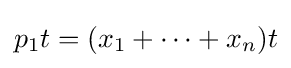
p_{1}t=(x_{1}+\cdots +x_{n})t